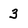
Character: 3